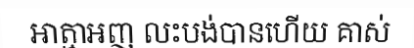
អាត្មាអញ លះបង់បានហើយ គាស់